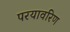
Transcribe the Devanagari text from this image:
परयावरिण